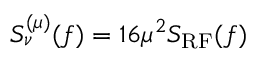
S _ { \nu } ^ { ( \mu ) } ( f ) = 1 6 \mu ^ { 2 } S _ { \mathrm { R F } } ( f )